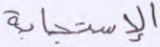
الاستجابة